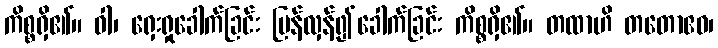
ကိစ္စရှိ၏။ ဝါ၊ ရှေးရှုခေါက်ခြင်း ပြန်လှန်၍ခေါက်ခြင်း ကိစ္စရှိ၏။ တထာဟိ တတောဧဝ၊